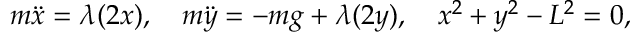
m { \ddot { x } } = \lambda ( 2 x ) , \quad m { \ddot { y } } = - m g + \lambda ( 2 y ) , \quad x ^ { 2 } + y ^ { 2 } - L ^ { 2 } = 0 ,